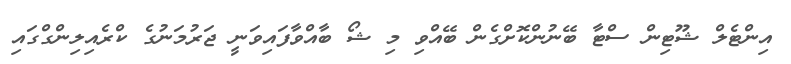
އިންޓެލް ޝޫޓިން ސްޓާ ބޭނުންކޮށްގެން ބޭއްވި މި ޝޯ ބާއްވާފައިވަނީ ޖަރުމަނުގެ ކްރެއިލިންގްގައި